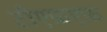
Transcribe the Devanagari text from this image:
टीएफ़एफ़